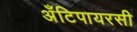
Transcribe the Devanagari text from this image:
अँटिपायरसी